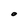
Character: 0